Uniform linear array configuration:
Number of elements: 32
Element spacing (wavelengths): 0.75
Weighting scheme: kaiser
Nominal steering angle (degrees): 60
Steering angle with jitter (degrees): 59.394
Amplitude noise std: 0.05
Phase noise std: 0.05

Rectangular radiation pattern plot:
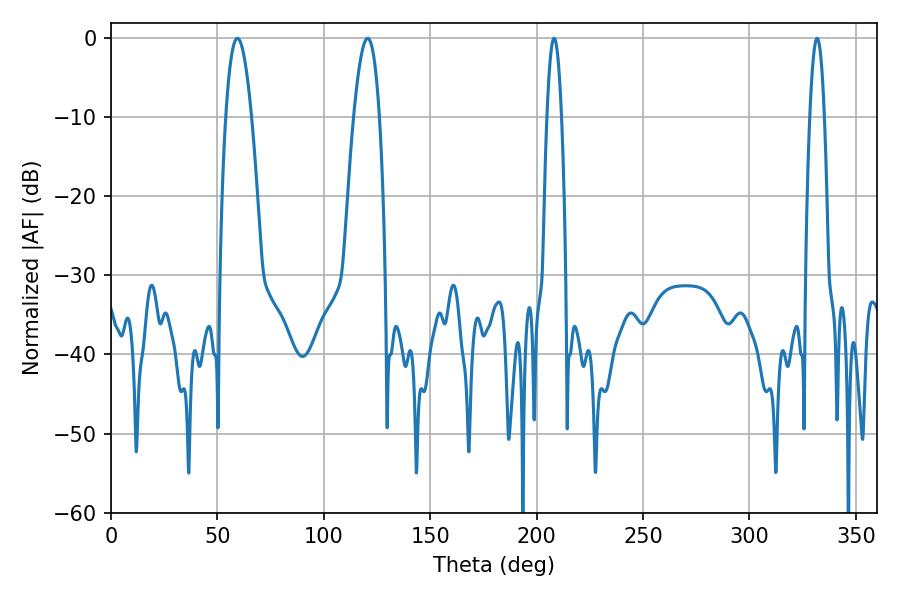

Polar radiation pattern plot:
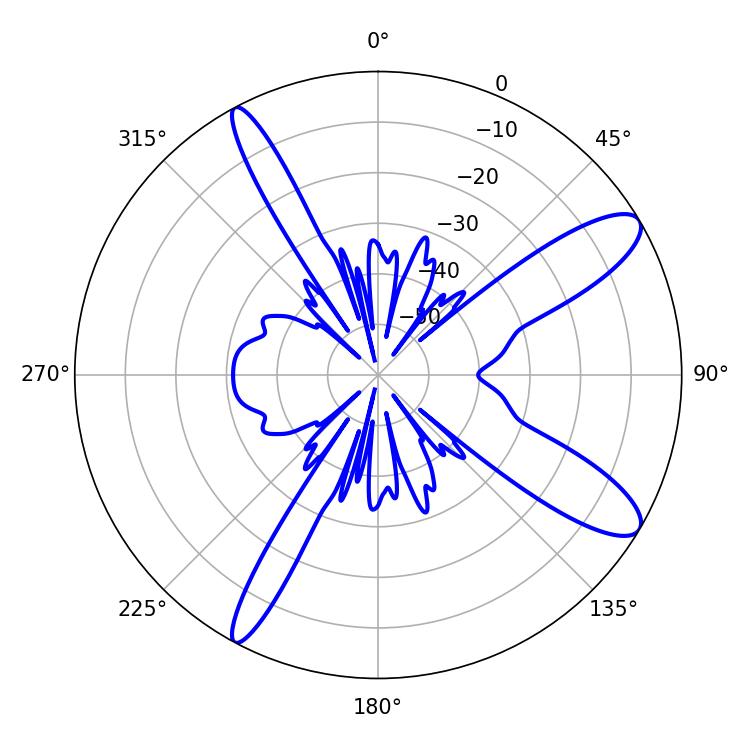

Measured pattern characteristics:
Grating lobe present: TRUE
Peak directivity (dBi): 11.299
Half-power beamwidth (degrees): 6.48
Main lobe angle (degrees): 59.4